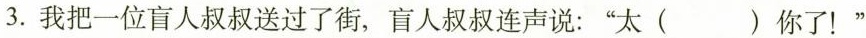
3.我把一位盲人叔叔送过了街，盲人叔叔连声说：”太( )你了！”